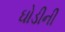
ઘોડીની